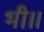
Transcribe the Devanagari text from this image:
भी॥